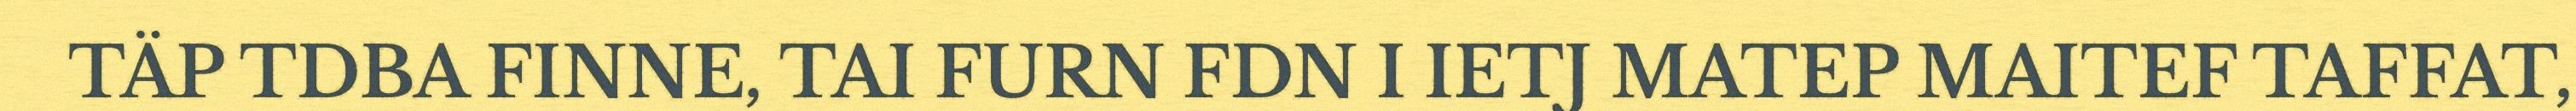
TÄP TDBA FINNE, TAI FURN FDN I IETJ MATEP MAITEF TAFFAT,